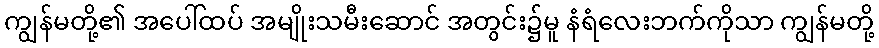
ကျွန်မတို့၏ အပေါ်ထပ် အမျိုးသမီးဆောင် အတွင်း၌မူ နံရံလေးဘက်ကိုသာ ကျွန်မတို့